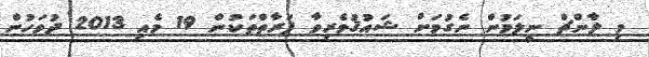
މި ލާންޗް ނީލަމުން ނެގުމަށް ޝައުޤުވެރިވާ ފަރާތްތަކުން 19 މެއި 2013 ދުވަހުން